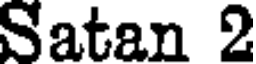
Satan 2